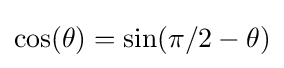
\cos(\theta )=\sin(\pi /2-\theta )